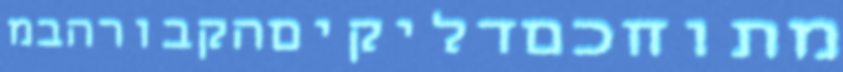
מתוחכםדליקיםהקבורהבמ